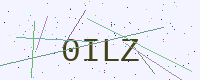
Text: 0ILZ